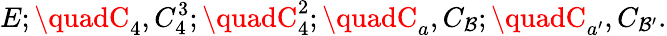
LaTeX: E;\quadC_{4},C_{4}^{3};\quadC_{4}^{2};\quadC_{a},C_{\mathcal{B}};\quadC_{a^{\prime}},C_{\mathcal{B}^{\prime}}.